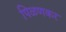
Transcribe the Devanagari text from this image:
पिळणकर